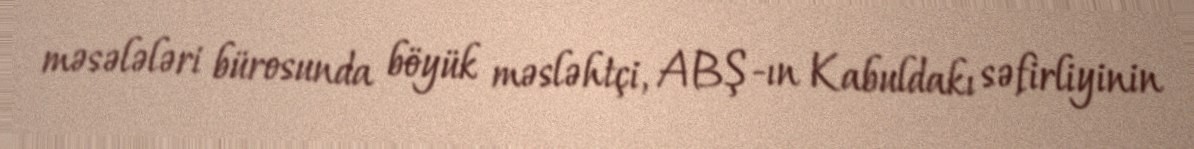
məsələləri bürosunda böyük məsləhtçi, ABŞ-ın Kabuldakı səfirliyinin